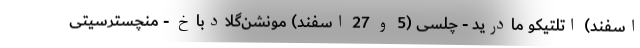
اسفند) اتلتیکو مادرید - چلسی (5 و 27 اسفند) مونشن‌گلادباخ - منچسترسیتی